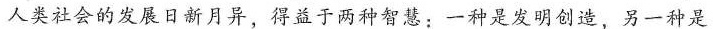
人类社会的发展日新月异，得益于两种智慧：一种是发明创造，另一种是